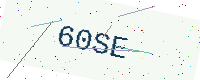
Text: 60SE